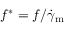
f ^ { \ast } = f / \dot { \gamma } _ { \mathrm { m } }